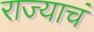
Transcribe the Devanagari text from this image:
राज्याचं